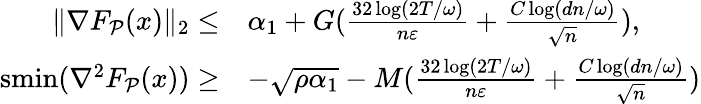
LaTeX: \begin{array}{rl}{\| \nabla F_{\mathcal{P}}(x)\| _{2}\le}&{\alpha_{1}+G(\frac{32\log(2T/\omega)}{n\varepsilon}+\frac{C\log(dn/\omega)}{\sqrt{n}}),}\\ {\textup{smin}(\nabla^{2}F_{\mathcal{P}}(x))\ge}&{-\sqrt{\rho\alpha_{1}}-M(\frac{32\log(2T/\omega)}{n\varepsilon}+\frac{C\log(dn/\omega)}{\sqrt{n}})}\end{array}